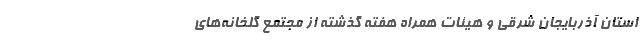
استان آذربایجان شرقی و هیئات همراه هفته گذشته از مجتمع گلخانه‌های